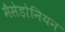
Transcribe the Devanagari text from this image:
मैसेडोनियन